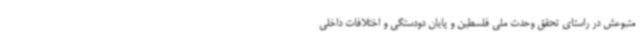
متبوعش در راستای تحقق وحدت ملی فلسطین و پایان دودستگی و اختلافات داخلی